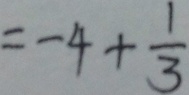
= - 4 + \frac { 1 } { 3 }